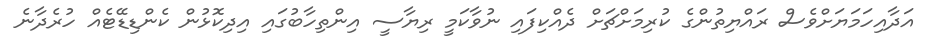
އަދާއިހަމަޔަށްވެސް ރައްޔިތުންގެ ކުރިމަށްޗަށް ދެއްކިފައި ނުވާކަމީ ރިޔާސީ އިންތިހާބުގައި އިދިކޮޅުން ކެންޑިޑޭޓެއް ހުރެދާނެ